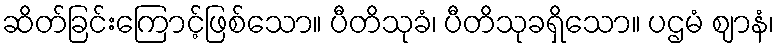
ဆိတ်ခြင်းကြောင့်ဖြစ်သော။ ပီတိသုခံ၊ ပီတိသုခရှိသော။ ပဌမံ ဈာနံ၊